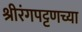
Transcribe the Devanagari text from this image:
श्रीरंगपट्टणच्या